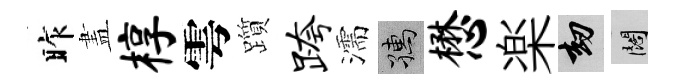
昨𥁞椁雩躓跨濡孺懋楽劫闊